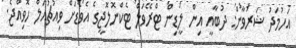
އަހުމަދު ޝަރުވާން: ދުބާއީ އިން ލީޑިން ޓްރޭވަލް ޓެކްނޮލޮޖީގެ އެވޯޑަށް ވިއުޗުއަލް ހޮވިއްޖެ.